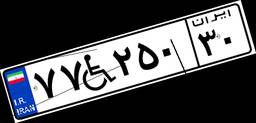
۸۳W۹۰۹۳۵